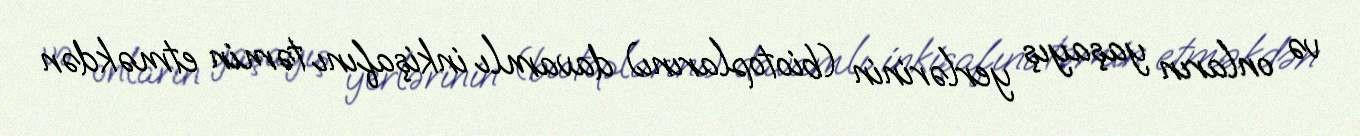
və onların yaşayış yerlərinin (biotoplarını) davamlı inkişafını təmin etməkdən